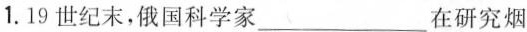
1.19世纪末，俄国科学家___在研究烟